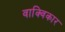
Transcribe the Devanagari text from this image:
वाक्विकार